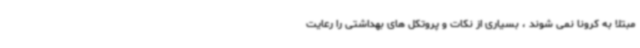
مبتلا به کرونا نمی شوند ، بسیاری از نکات و پروتکل های بهداشتی را رعایت